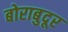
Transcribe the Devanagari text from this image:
बोराबुदूर